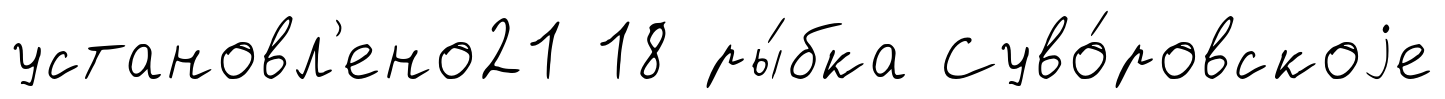
установл'ено21 18 ры́бка Суво́ровскоjе